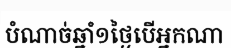
បំណាច់ឆ្នាំ១ថ្ងៃបើអ្នកណា